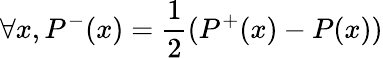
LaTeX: \forall x,P^{-}(x)=\frac{1}{2}(P^{+}(x)-P(x))